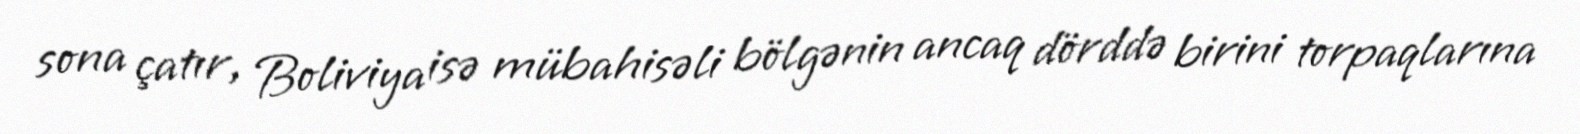
sona çatır, Boliviya isə mübahisəli bölgənin ancaq dörddə birini torpaqlarına